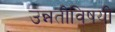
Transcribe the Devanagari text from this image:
उन्नतीविषयी